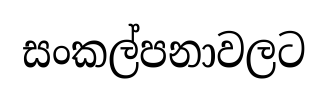
සංකල්පනාවලට